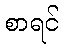
စာရင်